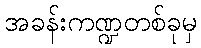
အခန်းကဏ္ဍတစ်ခုမှ